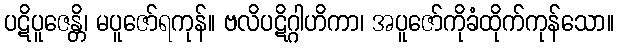
ပဋိပူဇေန္တိ၊ မပူဇော်ရကုန်။ ဗလိပဋိဂ္ဂါဟိကာ၊ အပူဇော်ကိုခံထိုက်ကုန်သော။